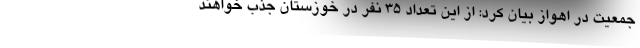
جمعیت در اهواز بیان کرد: از این تعداد ۳۵ نفر در خوزستان جذب خواهند